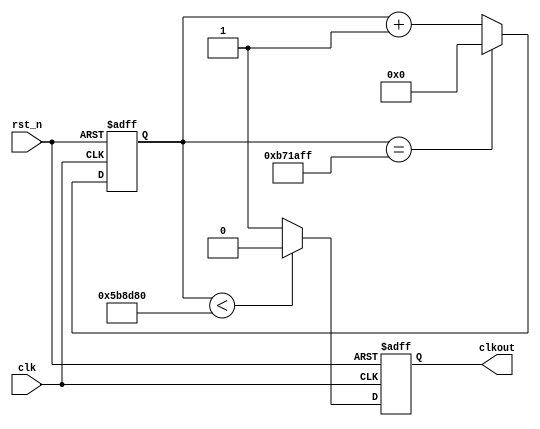
module divide (	clk,rst_n,clkout);
 
        input 	clk,rst_n;                       //clkFPGAC112MHz
        output	clkout;                          //LED
 
        //parameterverilog
	parameter	WIDTH	= 24;             // 2**WIDTH-1
	parameter	N	= 12_000_000;             // N < 2**WIDTH-1
 
	reg 	[WIDTH-1:0]	cnt_p,cnt_n;     //cnt_pcnt_n
	reg			clk_p,clk_n;     //clk_pclk_n
 
	//
	always @ (posedge clk or negedge rst_n )         //posedgenegedgeverilog
                                                         //clkrst_nalways
		begin
			if(!rst_n)
				cnt_p<=0;
			else if (cnt_p==(N-1))
				cnt_p<=0;
			else cnt_p<=cnt_p+1;             //N-1N
		end
 
         //,N50%N50%
         always @ (posedge clk or negedge rst_n)
		begin
			if(!rst_n)
				clk_p<=0;
			else if (cnt_p<(N>>1))          //N>>12
				clk_p<=0;
			else 
				clk_p<=1;               //clk
		end
 
        //        	
	always @ (negedge clk or negedge rst_n)
		begin
			if(!rst_n)
				cnt_n<=0;
			else if (cnt_n==(N-1))
				cnt_n<=0;
			else cnt_n<=cnt_n+1;
		end
 
        //clk_p
	always @ (negedge clk)
		begin
			if(!rst_n)
				clk_n<=0;
			else if (cnt_n<(N>>1))  
				clk_n<=0;
			else 
				clk_n<=1;                //clk
		end
 
        assign clkout = (N==1)?clk:(N[0])?(clk_p&clk_n):clk_p;      //
                                                                    //N=1clk
                                                                    //NN0N0=0clk_p
                                                                    //NN1N0=1clk_p&clk_n
endmodule